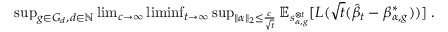
\begin{array} { r } { { \operatorname* { s u p } _ { g \in G _ { d } , d \in \mathbb { N } } \operatorname* { l i m } _ { c \to \infty } \operatorname* { l i m i n f } _ { t \to \infty } \operatorname* { s u p } _ { \| \alpha \| _ { 2 } \leq \frac { c } { \sqrt t } } { \mathbb E } _ { s _ { \alpha , g } ^ { \otimes t } } [ L ( \sqrt { t } ( \hat { \beta } _ { t } - \beta _ { \alpha , g } ^ { * } ) ) ] } \; . } \end{array}